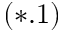
( * . 1 )